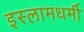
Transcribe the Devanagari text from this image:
इस्लामधर्मी